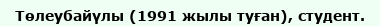
Төлеубайүлы (1991 жылы туған), студент.